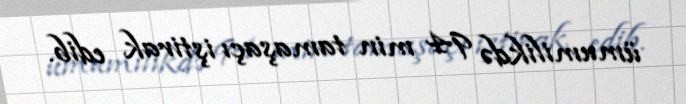
ümumilikdə 94 min tamaşaçı iştirak edib.